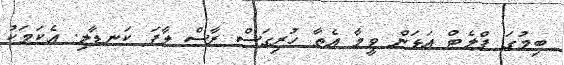
ބިމުގަ ފްލެޓް އަޅަން ވީމާ އެތާ ހުރިގަސް ރާސް ލާފަ ކަނޑާލި. އެކަމަކު